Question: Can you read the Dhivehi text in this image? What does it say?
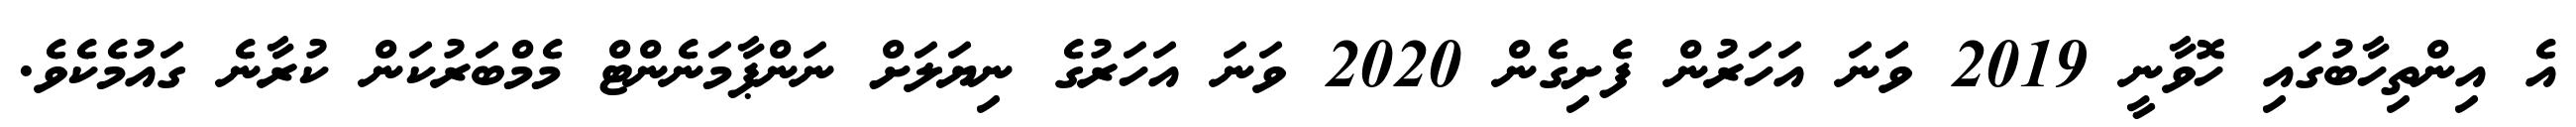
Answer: އެ އިންތިހާބުގައި ހޮވާނީ 2019 ވަަނަ އަހަރުން ފެށިގެން 2020 ވަނަ އަހަރުގެ ނިޔަލަށް ނަންޕާމަނެންޓް މެމްބަރުކަން ކުރާނެ ގައުމެކެވެ.